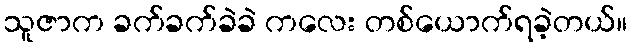
သူဇာက ခက်ခက်ခဲခဲ ကလေး တစ်ယောက်ရခဲ့တယ်။